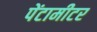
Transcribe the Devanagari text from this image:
पेंटामीटर